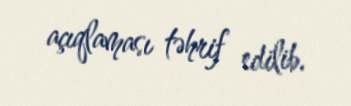
açıqlaması təhrif edilib.